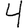
Digit: 4